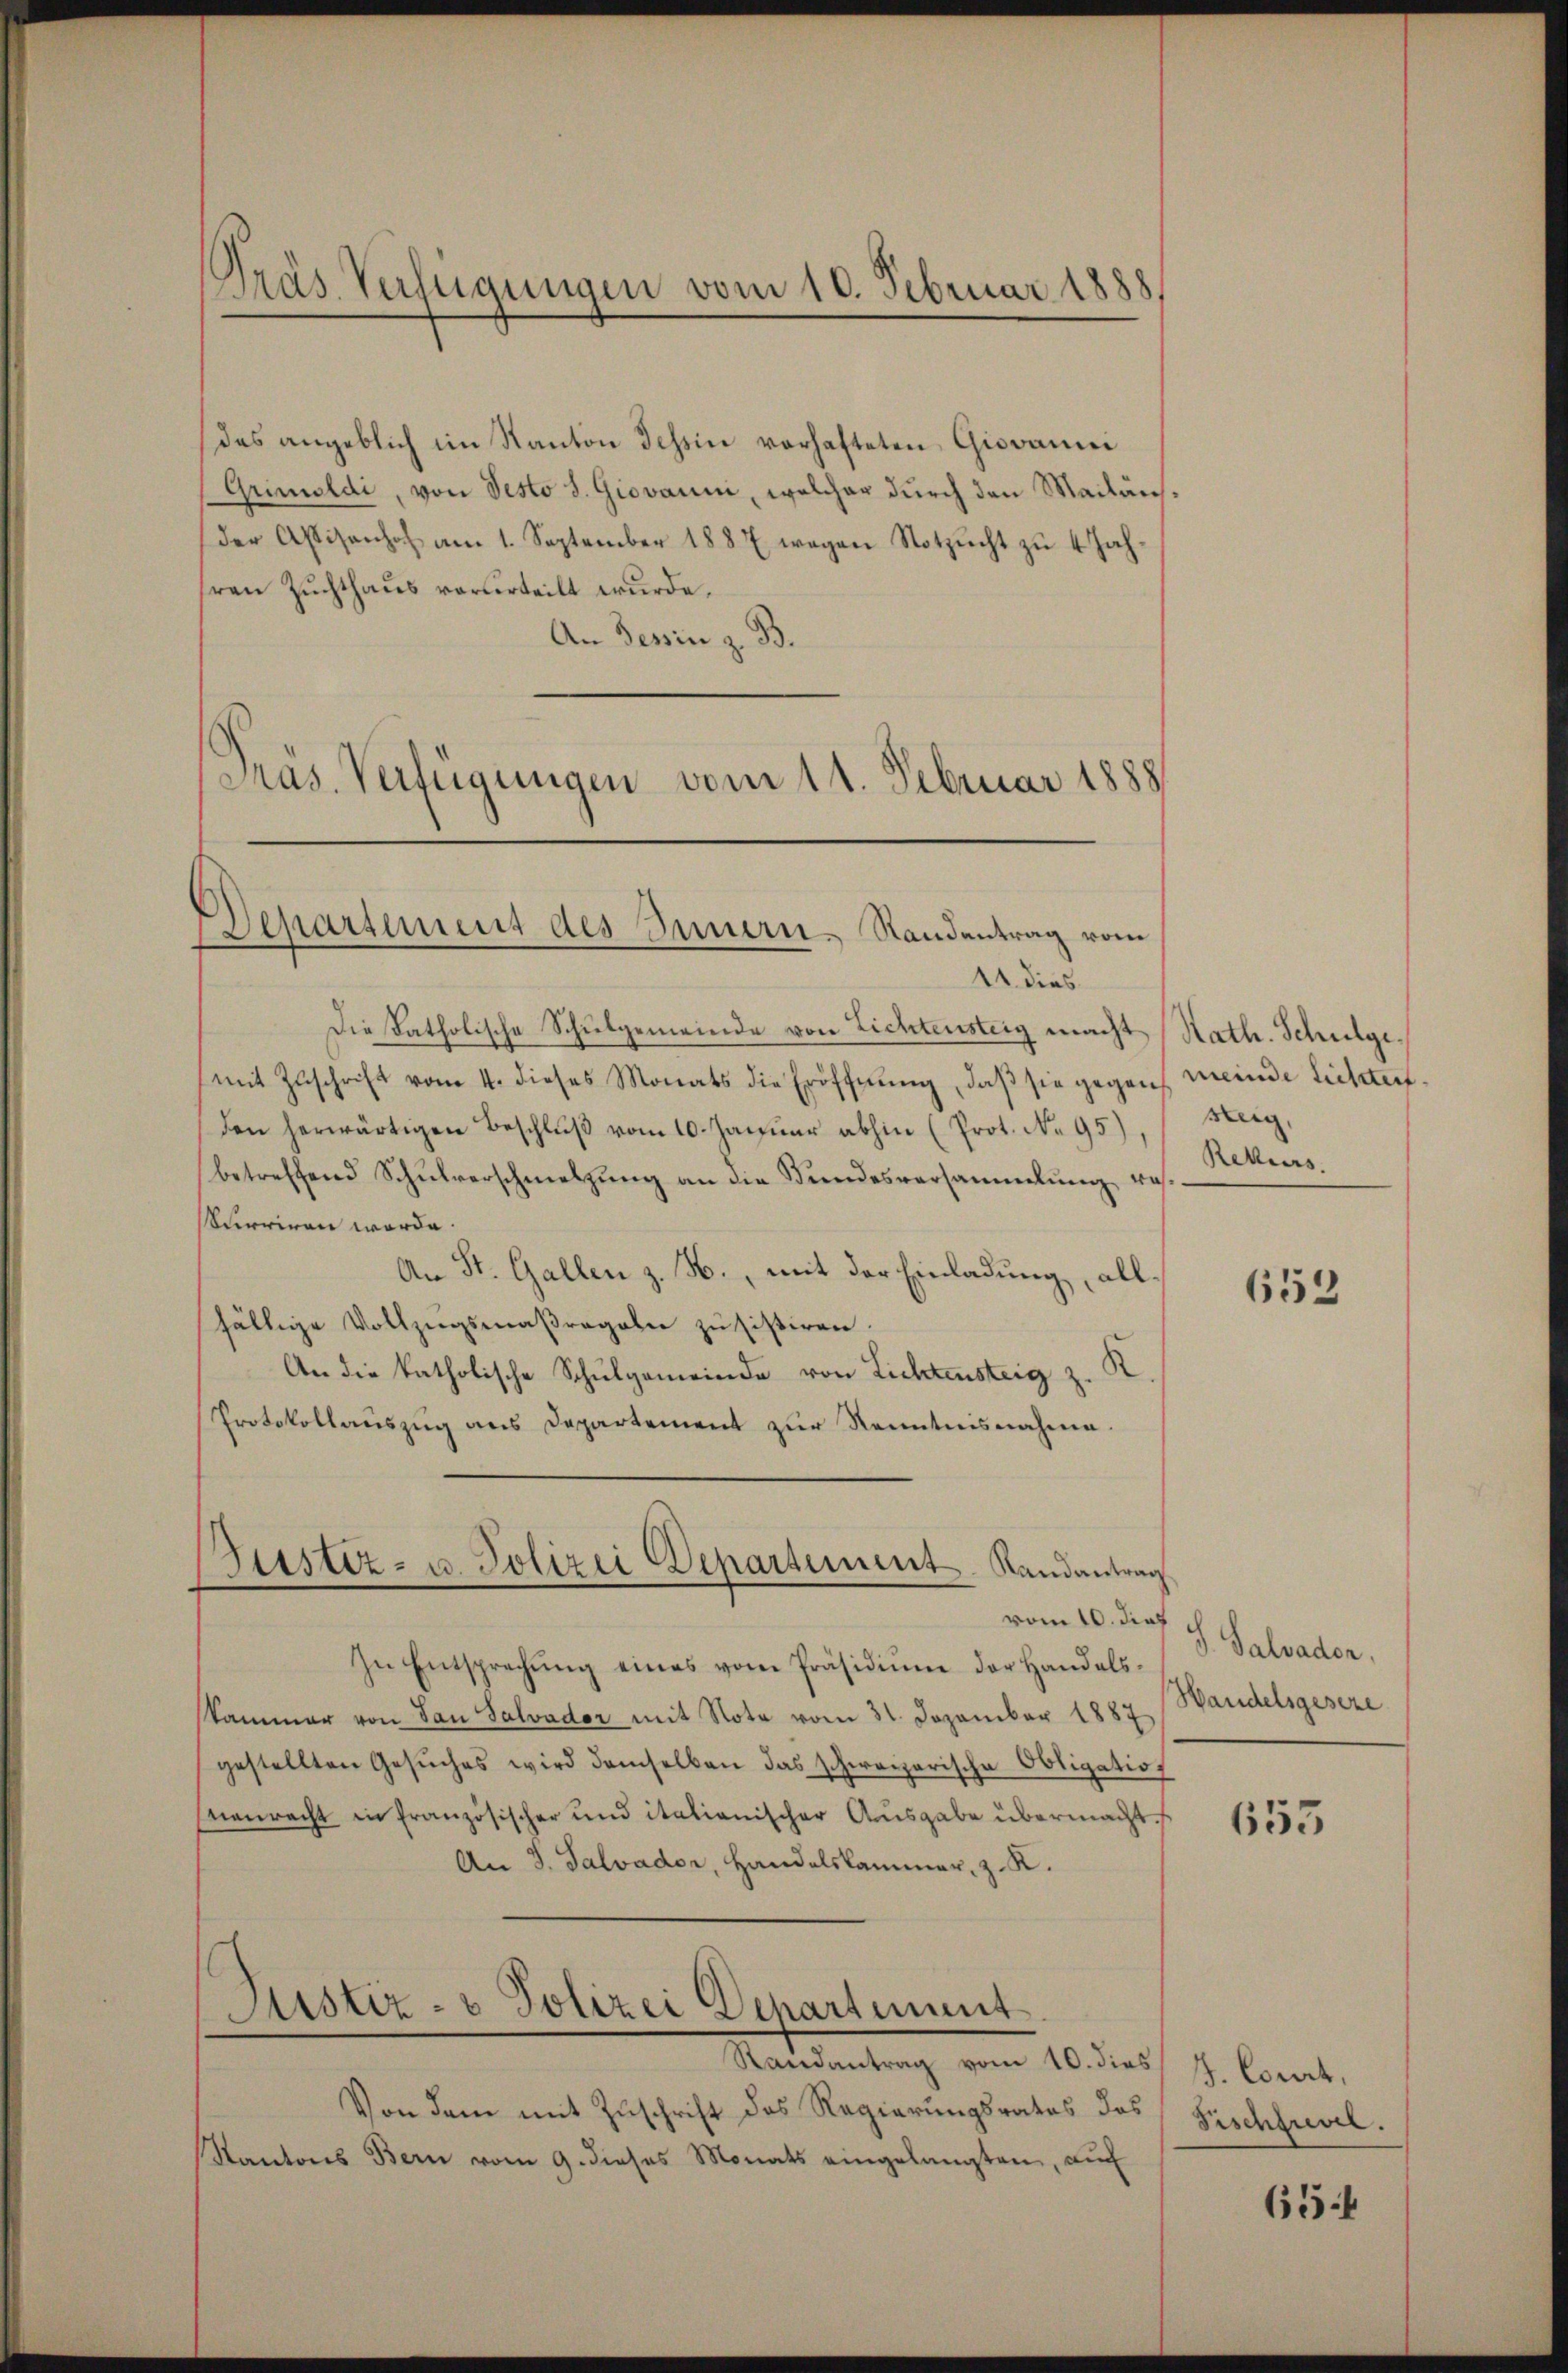
Dräs Verfügungen vom 10. Februar 1888

das angeblich im Kanton Tessin vorhafteten Giovanni
(Grimoldi, von Sesto S. Giovanni, welcher durch den Mailänder Assisanhof am 1. September 1887 wegen Notzŭcht zŭ 4 Jah-
hren Zuchthaus verurteilt wurde.
An Tessin z. B.
Präs. Verfügungen vom 11. Februar 1888/

Departement des Innern, Standentrag vom

11 dies
Die katholische Schulgemeinde von Lichtensteig macht
mit Zŭschrift vom 4. dieses Monats die Eröffnŭng, daβ sie gegen meinde Lichten.
den herwärtigen Beschluß vom 10. Januar abhin (Prot. No 95)
betreffend Schulverschmetzung an die Bundesversammlung, ressurriren werde.
An St. Gallen z. B., mit der Einladung, allfällige Vollzugsmaßregeln zu sistiren.
R
An die katholische Schulgemeinde von Lichtensteig z.
Protokollauszug aus Departement zur Kenntnisnahme.

Bustiz- u. Polizei Departement. Landantrag
vom 10. dies

Sistiz- & Polizei Departement

In Entsprechŭng eines vom Präsidiŭm der Handels-
kammer von San Salvador mit Note vom 31. Dezember 1887
gestellten Gesŭches wird demselben das schweizerische Obligation
nenrecht in französischer und italianischer Ausgabe übermacht f
An 3. Salvader, Handelskammer, z. K.

Randantrag vom 10. dies J. Corrt,
Von dem mit Zuschrift des Regierungsrates das Fischfrevel.
Kantons Bern vom 9. dieses Monats eingelangten, auch

Kath. Schulgesteig
Rekurs.

653

G. Salvaden.
Wandelsgeseze

653

65